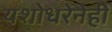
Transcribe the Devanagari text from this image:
यशोधरेनेही